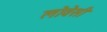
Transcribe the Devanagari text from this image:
लोवेसी